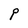
Character: P